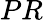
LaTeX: PR